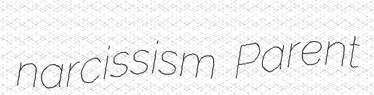
narcissism Parent